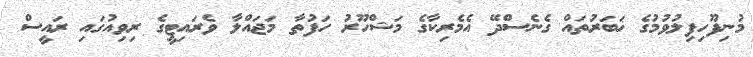
މުނިފޫހިފިލުވުމުގެ ޚަބަރުތައް ގެނެސްދޭ އެމެރިކާގެ މަޝްހޫރު ހަފުތާ މަޖައްލާ ވެރައިޓީގެ ރިވިއުގައި ރައީސް